Lunatic asylums Punjab 1881-1894 - 1881-1894
Year: 1881
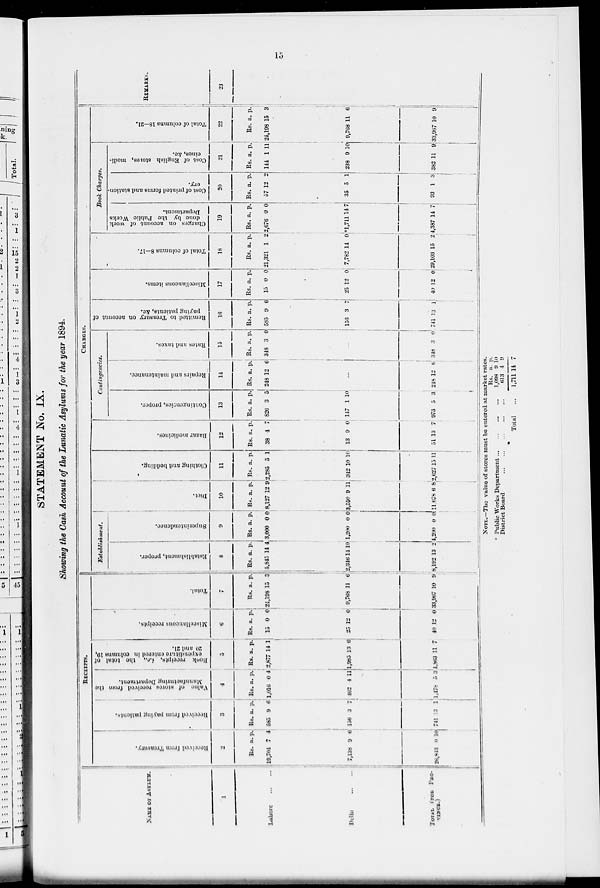
15
STATEMENT No. IX.
Showing the Cash Account of the Lunatic Asylums for the year 1894.
NAME OF ASYLUM.
1
Lahore
...
...
Delhi
...
...
TOTAL (FOR PRO-
VINCE.)
RECEIPTS.
Received from Treasury.
2
Rs.
19,704
7,138
26,843
a.
7
9
0
p.
4
6
10
Received from paying patients.
3
Rs.
585
156
741
a.
9
3
3
p.
6
7
1
Value of stores received from the
Manufacturing Department.
4
Rs.
1,016
462
1,478
a.
0
4
5
p.
4
11
3
Book
receipts, i.e., the total of
expenditure entered in columns 10,
20 and 21.
5
Rs.
2,877
1,985
4,863
a.
14
13
11
p.
1
6
7
Miscellaneous receipts.
6
Rs.
15
25
40
a.
0
12
12
p.
0
0
0
Total.
7
Rs.
24,198
9,768
33,967
a.
15
11
10
p.
3
6
9
CHARGES
Establishment.
Establishment, proper.
8
Rs.
5.845
2,346
8,192
a.
14
14
13
p.
4
10
2
Superintendence.
9
Rs.
3,000
1,200
4,200
a.
0
0
0
p.
0
0
0
Diet.
10
Rs.
8,127
3,550
11,678
a.
12
9
6
p.
9
11
8
Clothing and bedding.
11
Rs.
2,285
342
2,627
a.
5
10
15
p.
1
10
11
Bazar medicines.
12
Rs.
38
13
51
a.
4
9
13
p.
7
0
7
Contingencies.
Contingencies, proper.
13
Rs.
826
147
973
a.
3
1
5
p.
5
10
3
Repairs and maintenance.
14
Rs.
248
a.
12
p.
6
...
248 12
6
Rates and taxes.
15
Rs.
348
a.
3
p.
0
...
348 3
0
Remitted to Treasury on account of
paying patients, &c.
16
Rs.
585
156
741
a.
9
3
13
p.
6
7
1
Miscellaneous items.
17
Rs.
15
25
40
a.
0
12
12
p.
0
0
0
Total of columns 8—17.
18
Rs.
21,321
7,782
29,103
a.
1
14
15
p.
2
0
2
Book
Charges.
Charges on account of work
done
by the Public Works
Department.
19
Rs.
2,676
*1,711
4,387
a.
0
14
14
p.
0
7
7
Cost of printed forms and station-
ery.
20
Rs.
57
35
93
a.
12
5
1
p.
2
1
3
Cost of English stones, medi-
cines, &c.
21
Rs.
144
238
382
a.
1
9
11
p.
11
10
9
Total of columns 18—21.
22
Rs.
24,198
9,768
33,967
a.
15
11
10
p.
3
6
9
REMARKS.
23
NOTE.—The value of stores must be entered at market rates.
* Public Works Department ... ... ... ...
District Board ... ... ... ... ...
Total ...
Rs.
1,098
613
1,711
a.
9
4
14
p.
10
9
7